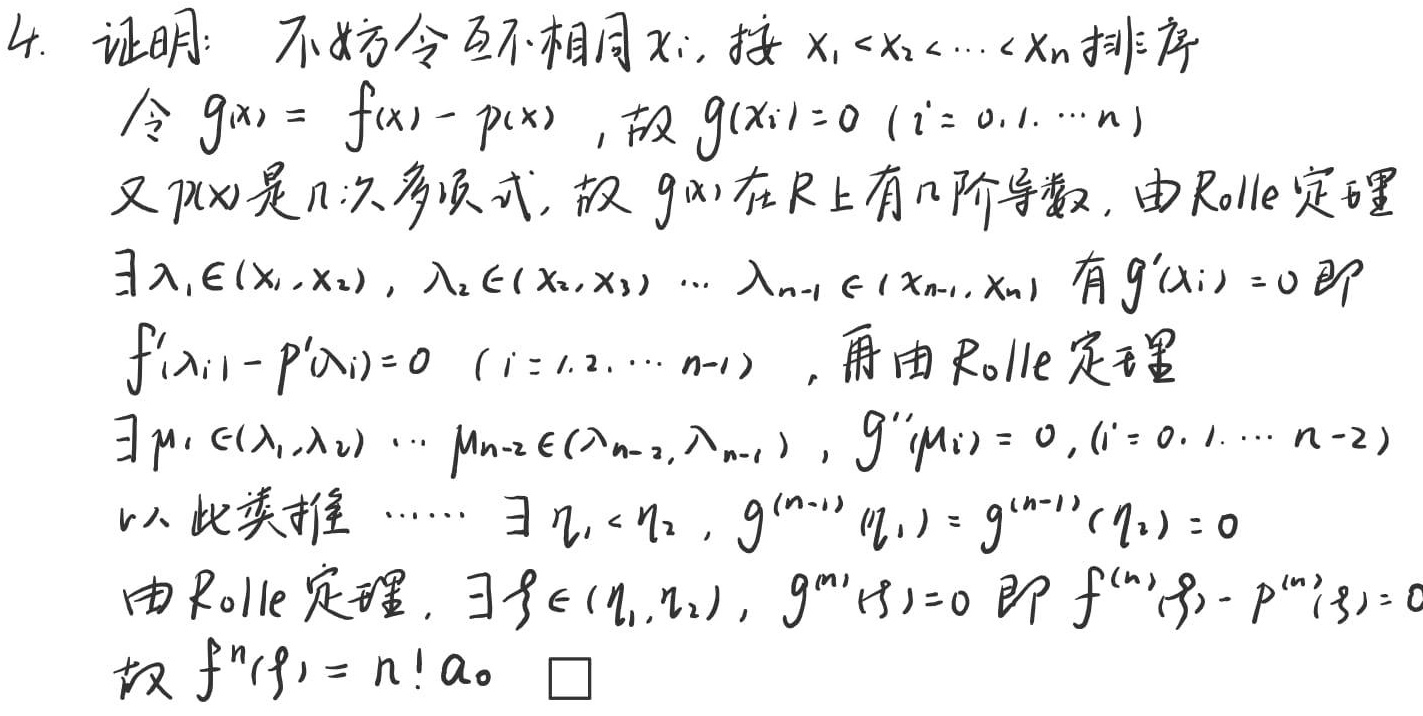
4. 证明：不妨令互不相同 \(x_i\)，按 \(x_1 < x_2 < \cdots < x_n\) 排序
令 \(g(x)=f(x)-p(x)\)，故 \(g(x_i)=0\ (i = 0,1,\cdots,n)\)
又 \(p(x)\) 是 \(n\) 次多项式，故 \(g(x)\) 在 \(\mathbb{R}\) 上有 \(n\) 阶导数，由 Rolle 定理
\(\exists\lambda_1\in(x_1,x_2),\lambda_2\in(x_2,x_3),\cdots,\lambda_{n - 1}\in(x_{n - 1},x_n)\) 有 \(g'(\lambda_i)=0\) 即
\(f'(\lambda_i)-p'(\lambda_i)=0\ (i = 1,2,\cdots,n - 1)\)，再由 Rolle 定理
\(\exists\mu_1\in(\lambda_1,\lambda_2),\cdots,\mu_{n - 2}\in(\lambda_{n - 2},\lambda_{n - 1})\)，\(g''(\mu_i)=0,(i = 0,1,\cdots,n - 2)\)
以此类推 \(\cdots\cdots\) \(\exists\eta_1<\eta_2\)，\(g^{(n - 1)}(\eta_1)=g^{(n - 1)}(\eta_2)=0\)
由 Rolle 定理，\(\exists\xi\in(\eta_1,\eta_2)\)，\(g^{(n)}(\xi)=0\) 即 \(f^{(n)}(\xi)-p^{(n)}(\xi)=0\)
故 \(f^{(n)}(\xi)=n!a_0\) \(\square\)